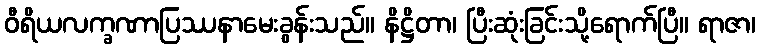
ဝီရိယလက္ခဏာပြဿနာမေးခွန်းသည်။ နိဋ္ဌိတာ၊ ပြီးဆုံးခြင်းသို့ရောက်ပြီ။ ရာဇာ၊